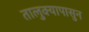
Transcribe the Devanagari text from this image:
तालुक्यापासुन